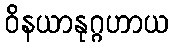
ဝိနယာနုဂ္ဂဟာယ